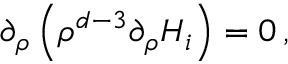
\partial _ { \rho } \left( \rho ^ { d - 3 } \partial _ { \rho } H _ { i } \right) = 0 \, ,